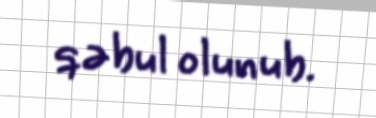
qəbul olunub.